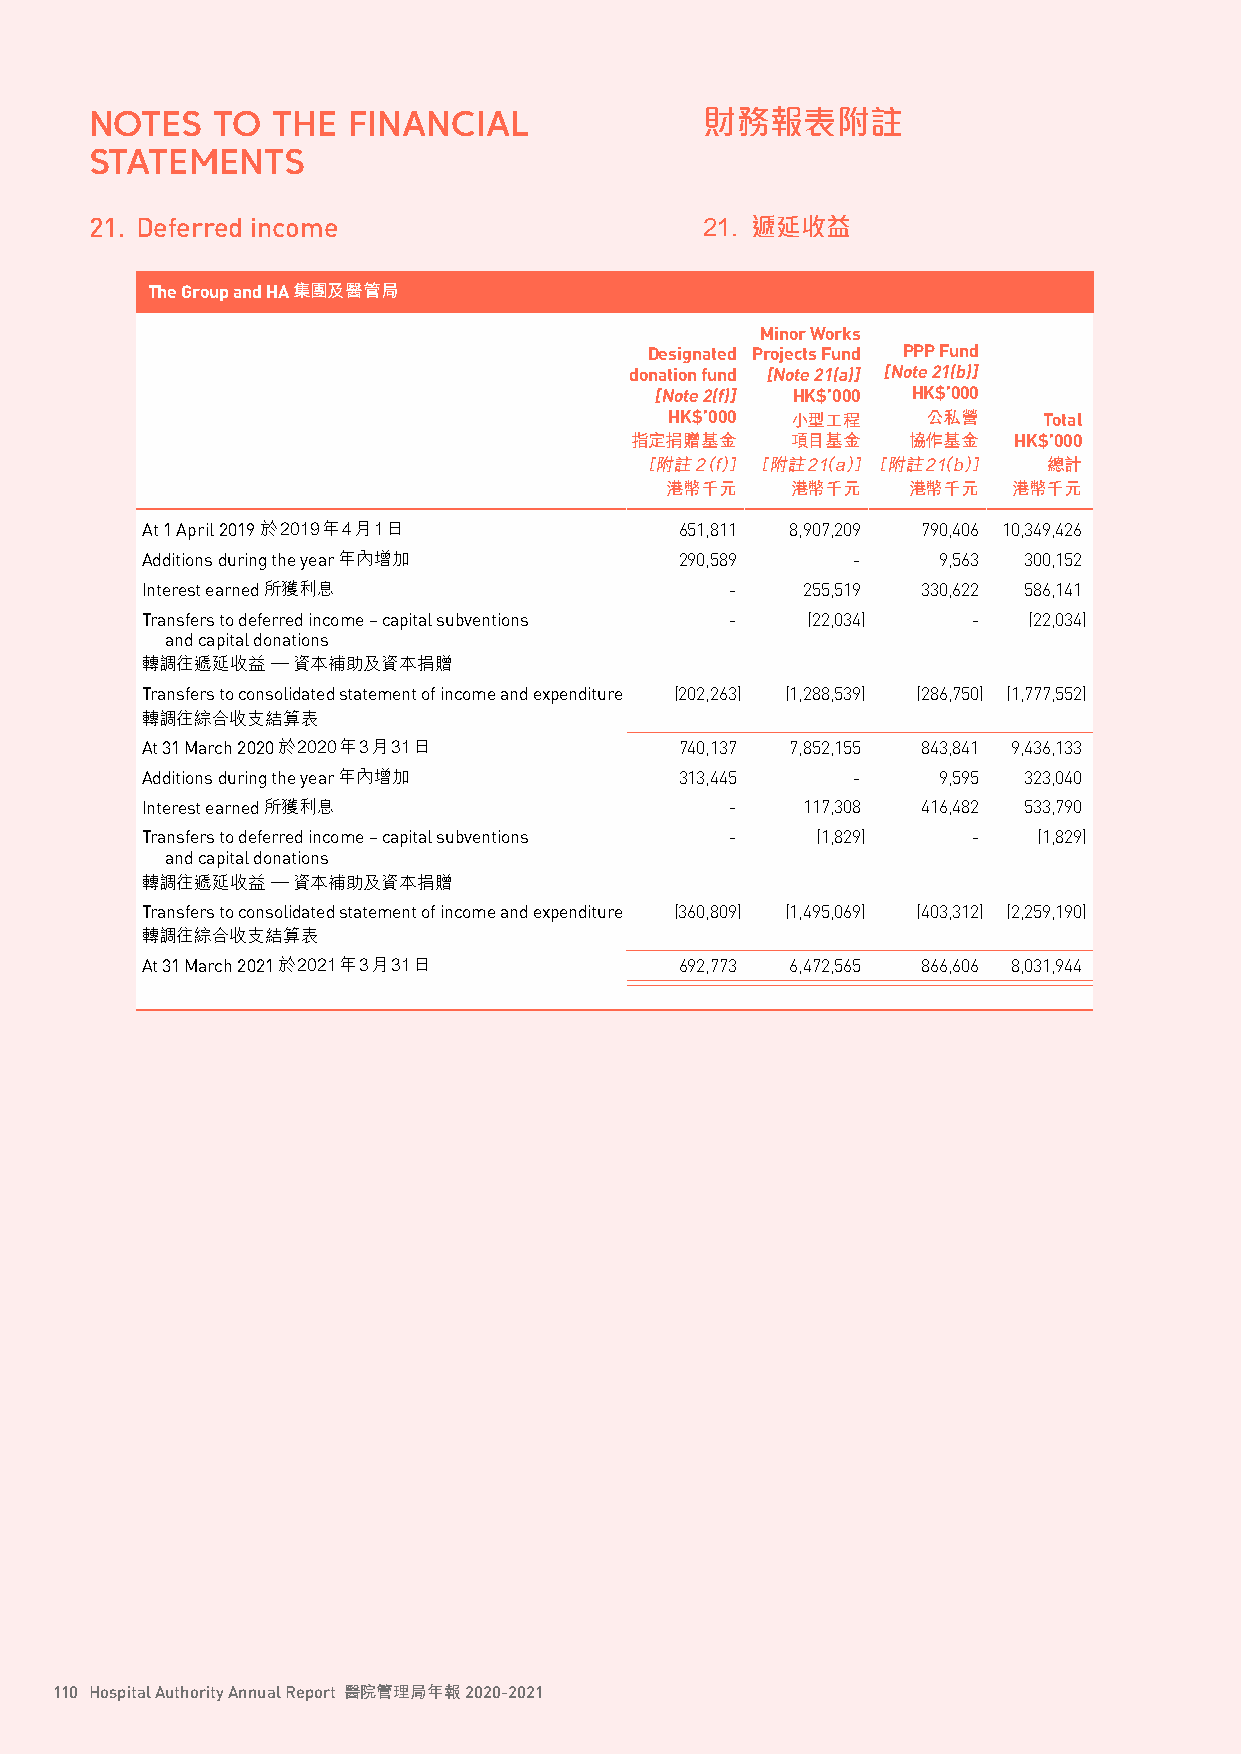
NOTES   TO  THE  FINANCIAL               財務報表附註
 STATEMENTS
 21. Deferred income                      21. 遞延收益
 The Group and HA集團及醫管局
 Minor Works
 Designated Projects Fund PPP Fund
 donation fund [Note 21(a)] [Note 21(b)]
 [Note 2(f)] HK$’000 HK$’000
 HK$’000 小型工程     公私營     Total
 指定捐贈基金    項目基金    協作基金   HK$’000
 ［附註 2（f）］ ［附註21（a）］［附註21（b）］ 總計
 港幣千元    港幣千元    港幣千元   港幣千元
 At 1 April 2019 於2019年4月1日          651,811 8,907,209 790,406 10,349,426
 Additions during the year年內增加       290,589    -     9,563 300,152
 Interest earned 所獲利息                   -    255,519 330,622 586,141
 Transfers to deferred income – capital subventions - (22,034) - (22,034)
 and capital donations
 轉調往遞延收益  — 資本補助及資本捐贈
 Transfers to consolidated statement of income and expenditure (202,263) (1,288,539) (286,750) (1,777,552)
 轉調往綜合收支結算表
 At 31 March 2020 於2020年3月31日        740,137 7,852,155 843,841 9,436,133
 Additions during the year年內增加       313,445    -     9,595 323,040
 Interest earned 所獲利息                   -    117,308 416,482 533,790
 Transfers to deferred income – capital subventions - (1,829) - (1,829)
 and capital donations
 轉調往遞延收益  — 資本補助及資本捐贈
 Transfers to consolidated statement of income and expenditure (360,809) (1,495,069) (403,312) (2,259,190)
 轉調往綜合收支結算表
 At 31 March 2021 於2021年3月31日        692,773 6,472,565 866,606 8,031,944
 110 Hospital Authority Annual Report 醫院管理局年報 2020-2021